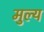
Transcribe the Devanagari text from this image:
मुल्‍य